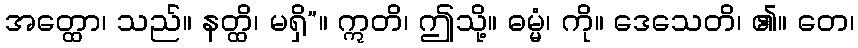
အတ္ထော၊ သည်။ နတ္ထိ၊ မရှိ”။ ဣတိ၊ ဤသို့။ ဓမ္မံ၊ ကို။ ဒေသေတိ၊ ၏။ တေ၊